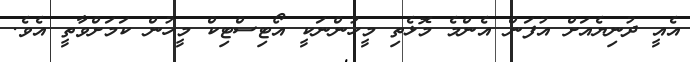
އެއީ ދުނިޔެއަށް އުފަން އެންމެ މޮޅެތި މީހުންނަކީ އޯޓިސްޓިކް މީހުން ކަމަށްވާތީ އެވެ.